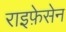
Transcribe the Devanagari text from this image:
राइफ़ेसेन